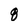
Character: q